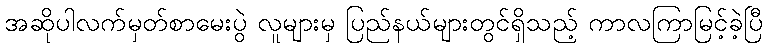
အဆိုပါလက်မှတ်စာမေးပွဲ လူများမှ ပြည်နယ်များတွင်ရှိသည့် ကာလကြာမြင့်ခဲ့ပြီ